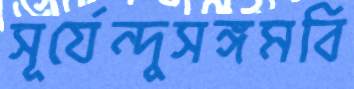
সূর্যেন্দুসঙ্গমবি